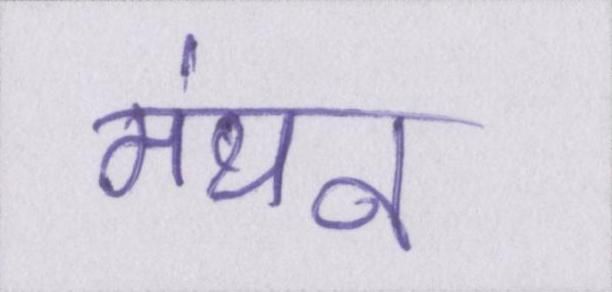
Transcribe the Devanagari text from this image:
मंथन